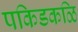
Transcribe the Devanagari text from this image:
पकिडकळि